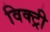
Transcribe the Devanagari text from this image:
विक्‍ट्री